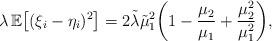
LaTeX: \begin{align*} \lambda\,\mathbb E \bigl[(\xi_i-\eta_i)^2 \bigr] =2\tilde\lambda\tilde\mu_1^2 \biggl(1-\frac{\mu_2}{\mu_1}+\frac{\mu_2^2}{\mu_1^2}\biggr),\end{align*}